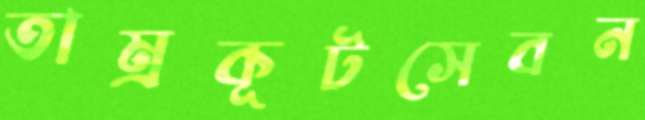
তাম্রকূটসেবন